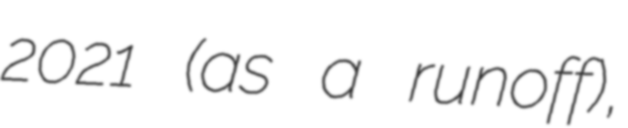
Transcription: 2021 (as a runoff),